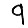
Digit: 9